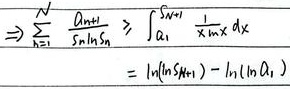
\[
\begin{align*}
&\Rightarrow\sum_{n = 1}^{N}\frac{a_{n+1}}{S_n\ln S_n}\geqslant\int_{S_1}^{S_{N + 1}}\frac{1}{x\ln x}\mathrm{d}x\\
&=\ln(\ln S_{N+1})-\ln(\ln S_1)
\end{align*}
\]